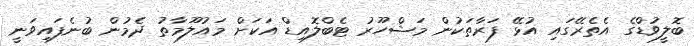
ބޮލީވުޑްގެ އެތެރޭގައި އުޅޭ ފަރާތަކުން މަޝްހޫރު ޓެބްލޮއިޑް އަކަށް މައުލޫމާތު ދެމުން ބުނެފައިވަނީ